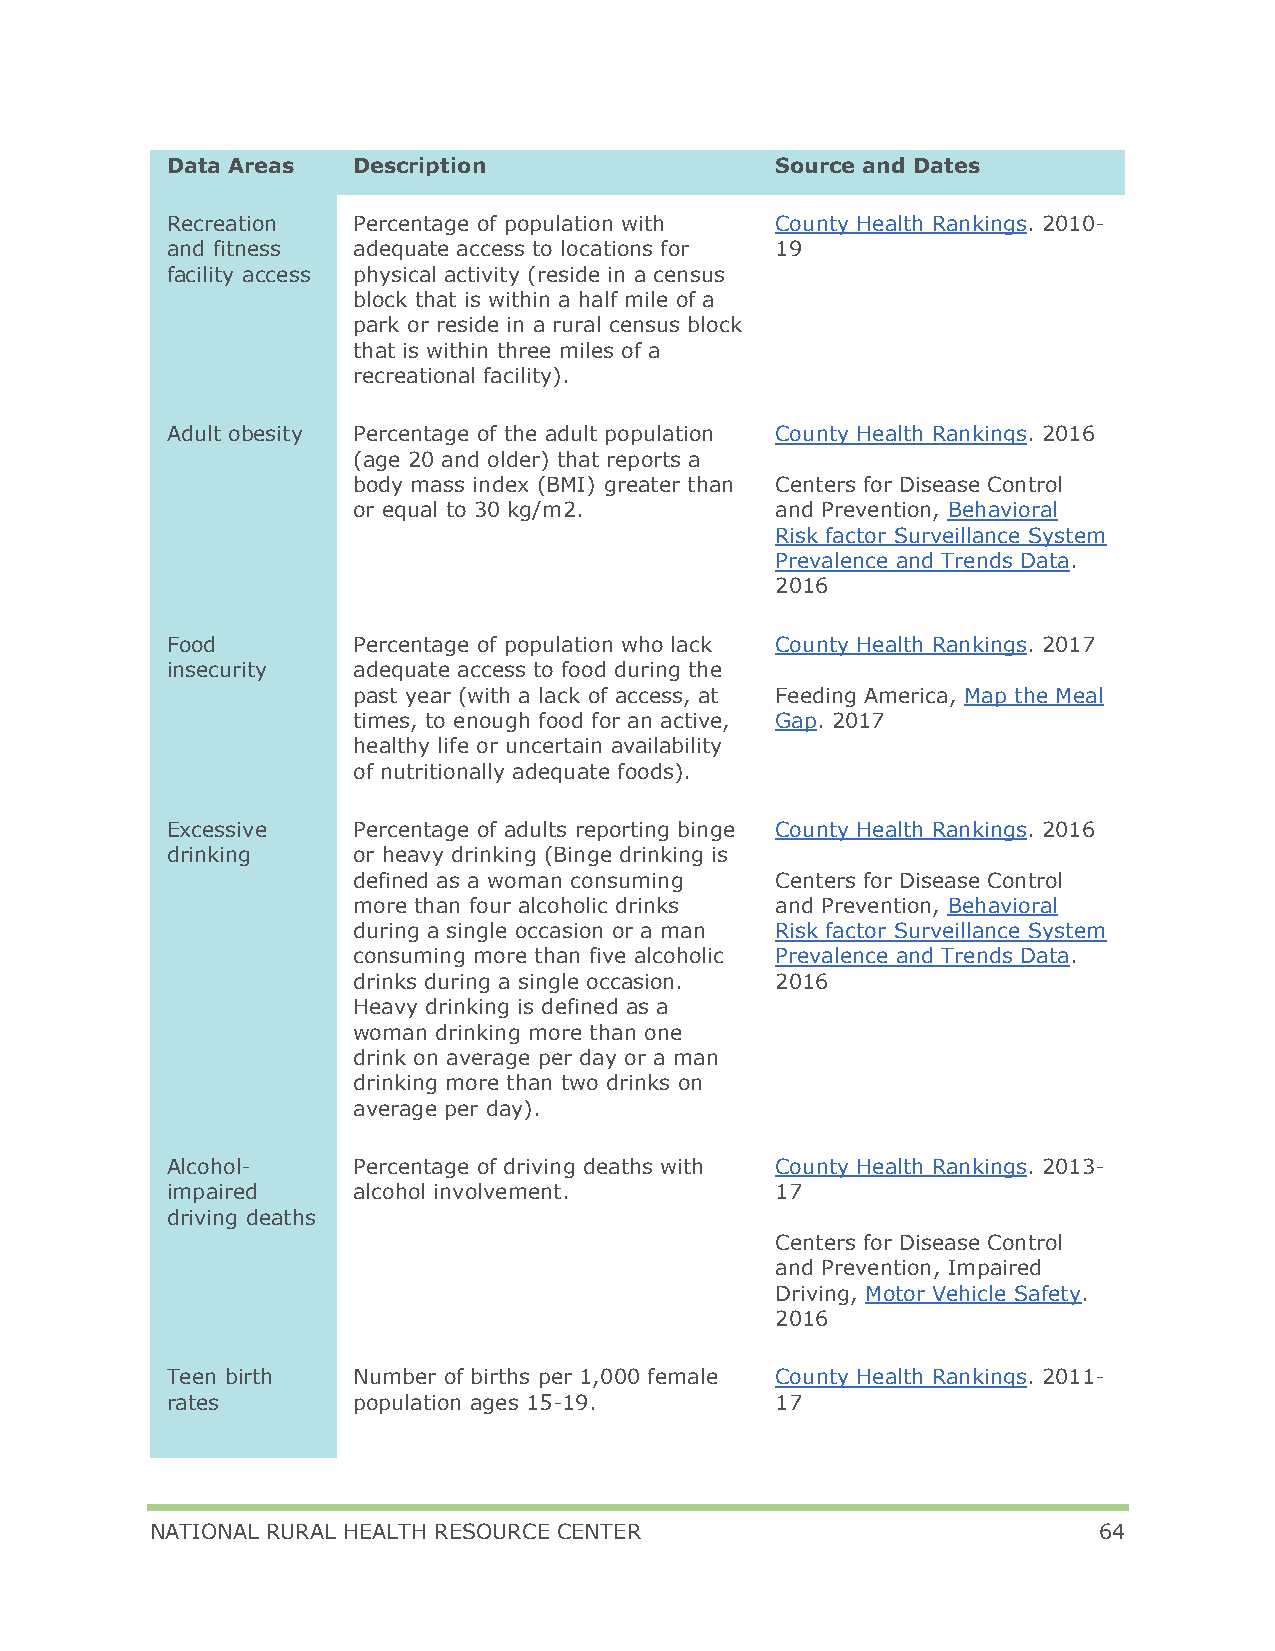
Data Areas  Description                 Source and Dates
 Recreation  Percentage of population with County Health Rankings. 2010-
 and fitness adequate access to locations for 19
 facility access physical activity (reside in a census
 block that is within a half mile of a
 park or reside in a rural census block
 that is within three miles of a
 recreational facility).
 Adult obesity Percentage of the adult population County Health Rankings. 2016
 (age 20 and older) that reports a
 body mass index (BMI) greater than Centers for Disease Control
 or equal to 30 kg/m2.       and Prevention, Behavioral
 Risk factor Surveillance System
 Prevalence and Trends Data.
 2016
 Food        Percentage of population who lack County Health Rankings. 2017
 insecurity  adequate access to food during the
 past year (with a lack of access, at Feeding America, Map the Meal
 times, to enough food for an active, Gap. 2017
 healthy life or uncertain availability
 of nutritionally adequate foods).
 Excessive   Percentage of adults reporting binge County Health Rankings. 2016
 drinking    or heavy drinking (Binge drinking is
 defined as a woman consuming Centers for Disease Control
 more than four alcoholic drinks and Prevention, Behavioral
 during a single occasion or a man Risk factor Surveillance System
 consuming more than five alcoholic Prevalence and Trends Data.
 drinks during a single occasion. 2016
 Heavy drinking is defined as a
 woman drinking more than one
 drink on average per day or a man
 drinking more than two drinks on
 average per day).
 Alcohol-    Percentage of driving deaths with County Health Rankings. 2013-
 impaired    alcohol involvement.        17
 driving deaths
 Centers for Disease Control
 and Prevention, Impaired
 Driving, Motor Vehicle Safety.
 2016
 Teen birth  Number of births per 1,000 female County Health Rankings. 2011-
 rates       population ages 15-19.      17
 NATIONAL RURAL HEALTH RESOURCE CENTER                          64